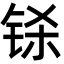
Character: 铩